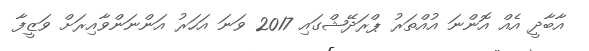
އާބާދީ އެއް އޮންނަ އުއްތަރު ޕްރަދޭޝްގައި 2017 ވަނަ އަހަރު އަންނަންވާއިރަށް ވަޒީފާ